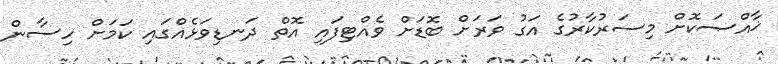
ޚާއްޞަކޮށް މިސަރުކާރުގެ އަގު ވަރަށް ބޮޑަށް ވެއްޓިފައި އޮތް ދަނޑިވަޅެއްގައި ކަމަށް ހިސާން